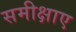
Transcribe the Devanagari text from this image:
समीक्षाए